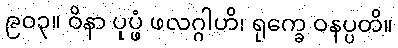
၉၀၃။ ဝိနာ ပုပ္ဖံ ဖလဂ္ဂါဟိ၊ ရုက္ခေ ဝနပ္ပတိ။